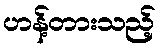
ဟန့်တားသည့်